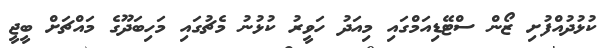
ކުޅުދުއްފުށި ޒޯން ސްޓޭޑިއަމްގައި މިއަދު ހަވީރު ކުޅުނު މެޗުގައި މަހިބަދޫގެ މައްޗަށް ބީޖީ